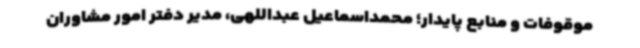
موقوفات و منابع پایدار؛ محمداسماعیل عبداللهی، مدیر دفتر امور مشاوران